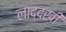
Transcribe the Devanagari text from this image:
लाद्दख़ी